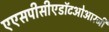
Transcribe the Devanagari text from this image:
एएसपीसीएडॉटओआरजी